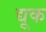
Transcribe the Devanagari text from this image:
द्यूक